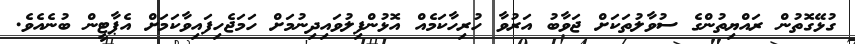
ގުޅޭގޮތުން ރައްޔިތުންގެ ސުވާލުތަކަށް ޖަވާބު އަރުވާ ހުރިހާކަމެއް އޮޅުންފިލުވައިދިނުމަށް ހަމަޖެހިފައިވާކަމަށް އެޕާޓީން ބުނެއެވެ.